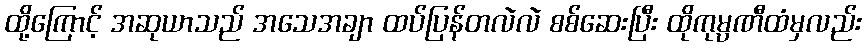
ထို့ကြောင့် အဆုယာသည် အသေအချာ ထပ်ပြန်တလဲလဲ စစ်ဆေးပြီး ထိုကုမ္ပဏီထံမှလည်း